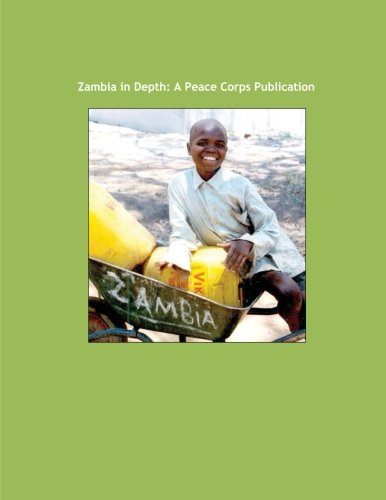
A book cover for Zambia in Depth: A Peace Corps Publication; Peace Corps; Travel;